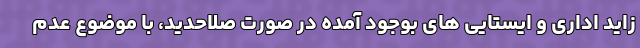
زاید اداری و ایستایی های بوجود آمده در صورت صلاحدید، با موضوع عدم